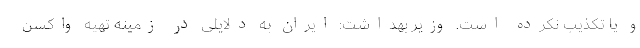
و یا تکذیب نکرده است. وزیر بهداشت: ایران به دلایلی در زمینه تهیه واکسن